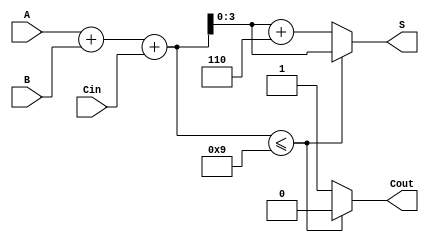
module BCD_Adder (
    input [3:0] A,     // First BCD digit
    input [3:0] B,     // Second BCD digit
    input Cin,         // Carry-in
    output reg [3:0] S, // BCD Sum
    output reg Cout     // Carry-out
);

    wire [4:0] Sum;    // 5-bit sum to hold A + B + Cin
    wire is_valid;      // Flag to check if sum is a valid BCD

    // Step 1: Binary addition
    assign Sum = A + B + Cin;

    // Step 2: Check if sum is a valid BCD (less than or equal to 9)
    assign is_valid = (Sum <= 9);

    // Step 3: BCD correction and output assignment
    always @(*) begin
        if (is_valid) begin
            S = Sum[3:0];    // No correction needed
            Cout = 0;        // No carry-out
        end else begin
            S = Sum[3:0] + 4'b0110; // Add 6 to correct the sum
            Cout = 1;        // Set carry-out
        end
    end

endmodule